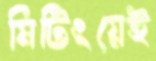
মিটিংয়েই